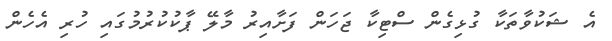
އެ ޝަކުވާތަކާ ގުޅިގެން ސްޓިކާ ޖަހަން ފަށާއިރު މާލޭ ޕާކުކުރުމުގައި ހުރި އެހެން